Civil Veterinary Dept. North-West Frontier Province 1933-46 - 1933-1946
Year: 1933
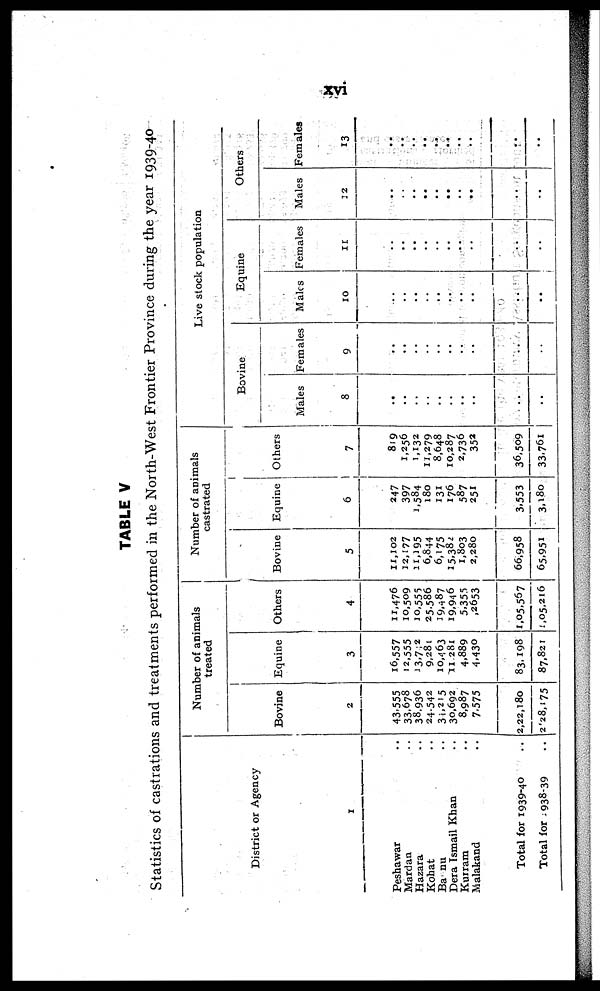
xvi
TABLE V
Statistics of castrations and treatments performed in the North-West Frontier Province during the year 1939-40
District or Agency
1
Peshawar ..
Mardan ..
Hazara ..
Kohat ..
Bannu ..
Dera Ismail Khan ..
Kurram ..
Malakand ..
Total for 1939-40 ..
Total for 1938-39 ..
Number of animals
treated
Bovine
2
43,555
33,678
38,936
24,542
34,215
30,692
8,987
7,575
2,22,180
2,28,175
Equine
3
16,557
12,555
13,742
9,281
10,463
11,281
4,889
4,430
83,198
87,821
Others
4
11,476
10,509
10,555
25.586
19,487
19,946
5,355
2653
1,05,567
1,05,216
Number of animals
castrated
Bovine
5
11,102
12,177
11,195
6,844
6,175
15,382
1,803
2,280
66,958
65,951
Equine
6
247
397
1,584
180
131
176
587
251
3,553
3,180
Others
819
1,256
1,132
11,279
8,648
10,287
2,736
352
36,509
33,761
Live stock population
Bovine
Males
8
..
..
..
..
..
..
..
..
..
..
Females
9
..
..
..
..
..
..
..
..
..
..
Equine
Males
10
..
..
..
..
..
..
..
..
..
..
Females
11
..
..
..
..
..
..
..
..
..
..
Others
Males
12
..
..
..
..
..
..
..
..
..
..
Females
13
..
..
..
..
..
.. ..
..
..
..